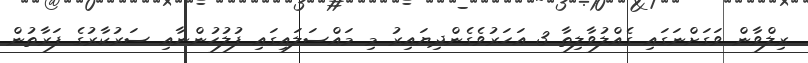
ރިލްވާން ވަގަށްނަގައި ގެއްލުވާލިތާ 3 އަހަރުވެގެންދިޔައިރު މި މައްސަލައިގައި ފުލުހުންނާއި ސަރުކާރުގެ ފަރާތުން